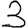
Digit: 3